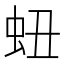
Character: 䖡